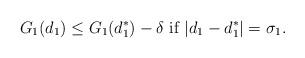
LaTeX: \begin{align*}G_1(d_1)\le G_1(d_1^*)-\delta\ \hbox{if}\ |d_1-d_1^*|=\sigma_1.\end{align*}